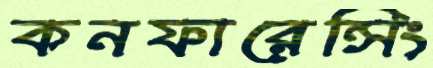
কনফারেন্সিং